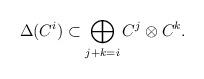
LaTeX: \begin{align*} \Delta(C^i)\subset \bigoplus_{j+k=i} C^j \otimes C^k.\end{align*}